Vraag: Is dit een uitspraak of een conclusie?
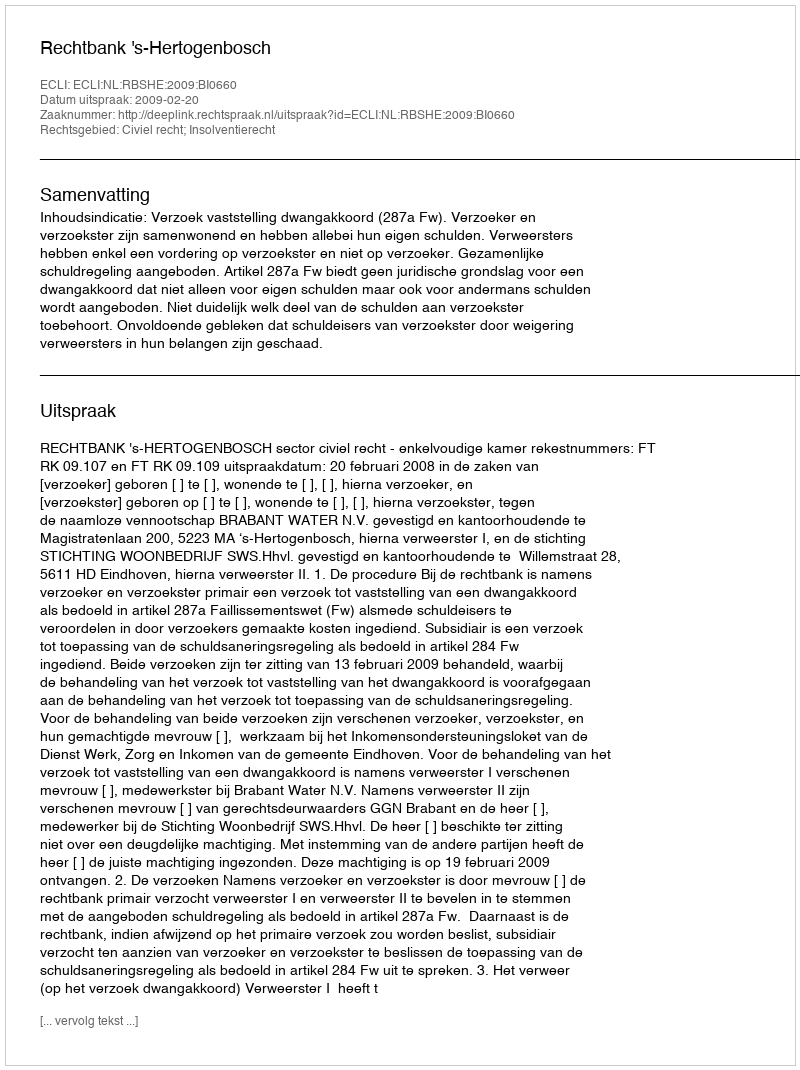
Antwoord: Uitspraak